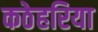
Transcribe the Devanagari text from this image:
कठेहरिया